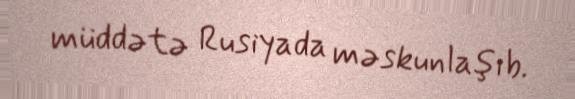
müddətə Rusiyada məskunlaşıb.